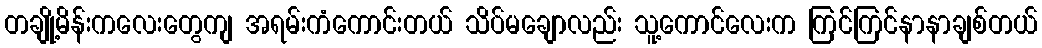
တချို့မိန်းကလေးတွေကျ အရမ်းကံကောင်းတယ် သိပ်မချောလည်း သူ့ကောင်လေးက ကြင်ကြင်နာနာချစ်တယ်